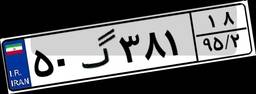
۰۲گ۴۴۳۴۶